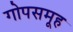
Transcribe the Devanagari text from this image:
गोपसमूह